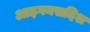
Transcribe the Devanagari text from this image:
आइगनसदिश